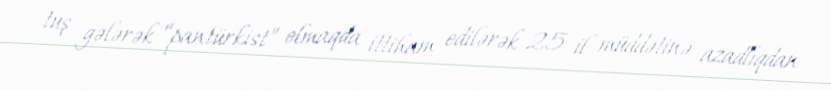
tuş gələrək “pantürkist” olmaqda ittiham edilərək 25 il müddətinə azadlıqdan